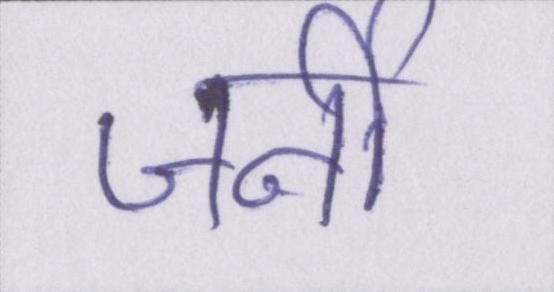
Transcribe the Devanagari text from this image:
जर्नी